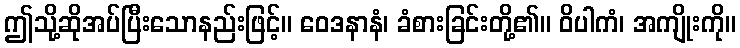
ဤသို့ဆိုအပ်ပြီးသောနည်းဖြင့်။ ဝေဒနာနံ၊ ခံစားခြင်းတို့၏။ ဝိပါကံ၊ အကျိုးကို။